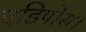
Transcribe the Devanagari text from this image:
एडिपोस।